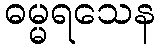
ဓမ္မရသေန